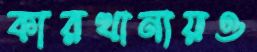
কারখানায়ও